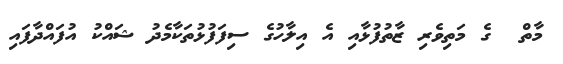
މާތް  ގެ މަތިވެރި ޒާތުފުޅާއި އެ އިލާހުގެ ސިފަފުޅުތަކާމެދު ޝައްކު އުފައްދާފައި